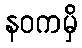
နဝကမှိ